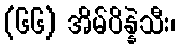
(၆၆) အိမ်ပိန္နဲသီး၊